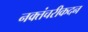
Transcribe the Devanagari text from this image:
नक्तंचरीकदन